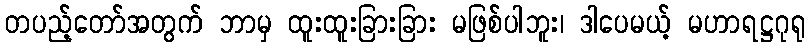
တပည့်တော်အတွက် ဘာမှ ထူးထူးခြားခြား မဖြစ်ပါဘူး၊ ဒါပေမယ့် မဟာရဋ္ဌဂုရု